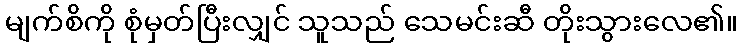
မျက်စိကို စုံမှတ်ပြီးလျှင် သူသည် သေမင်းဆီ တိုးသွားလေ၏။